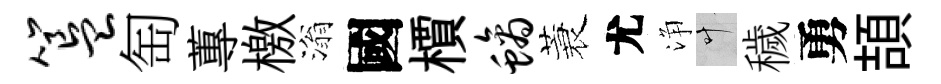
簋匋蓴檄滃國檟螭蓑尤浄叶穢勇頡